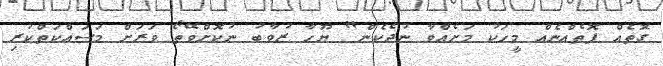
ގޮތެއް ފޮތެއްނެއް މީހަކު މަށެއްވާ ނުދެކެން" ޔޫހާ ޒުވާބު ނުކޮށްވޭތޯ ވަރަށް މަސައްކަތްކުރި